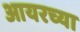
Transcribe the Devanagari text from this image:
आयरच्या